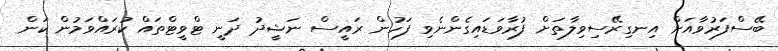
ބޭސްފަރުވާއަށް އިނގިރޭސިވިލާތަށް ފުރާވަޑައިގެންނެވި ފަހުން ރައީސް ނަޝީދު ދަނީ ޓްވީޓްތައް ކުރައްވަމުން ކަން